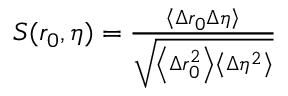
\begin{array} { r } { S ( r _ { 0 } , \eta ) = \frac { \left\langle \Delta r _ { 0 } \Delta \eta \right\rangle } { \sqrt { \left\langle \Delta r _ { 0 } ^ { 2 } \right\rangle \left\langle \Delta \eta ^ { 2 } \right\rangle } } } \end{array}